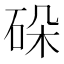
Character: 𬒋